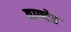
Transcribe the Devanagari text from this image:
वाण्टेड